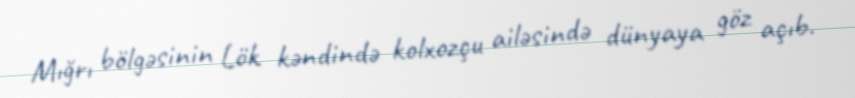
Mığrı bölgəsinin Lök kəndində kolxozçu ailəsində dünyaya göz açıb.